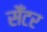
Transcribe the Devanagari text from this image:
सेँटर